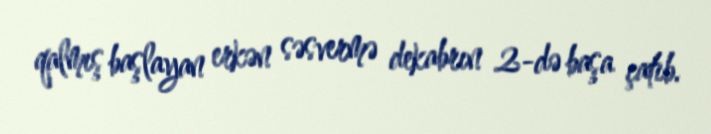
qalmış başlayan erkən səsvermə dekabrın 2-də başa çatıb.